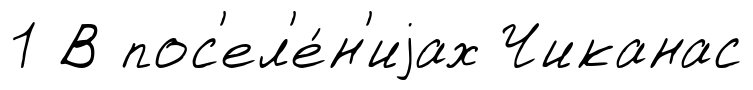
1 В пос'ел'е́н'иjах Чиканас